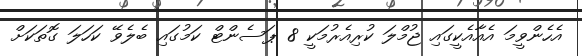
އެހެންވީމަ އެއާއެކީގައި ޖުމްލަ ކުރިއެރުމަކީ 8 ޕަސެންޓް ކަމުގައި ބެލެވޭ ކަހަލަ ގޮތަކަށް